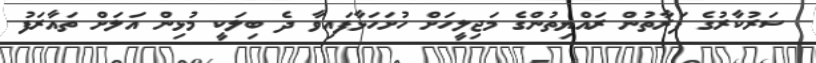
ސަރުކާރުގެ ފަރާތުން ރައްޔިތުންގެ މަޖިލީހަށް ހުށަހަޅާފައިވާ ދެ ބިލަކީ މުޅިން އަލަށް ތައާރަފު